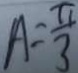
A = \frac { \pi } { 3 }